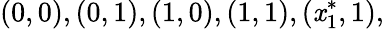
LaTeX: (0,0),(0,1),(1,0),(1,1),(\mathit{x}_{1}^{*},1),